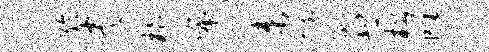
聆央柏布帆束赋酬悲松雕